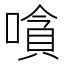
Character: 嗿